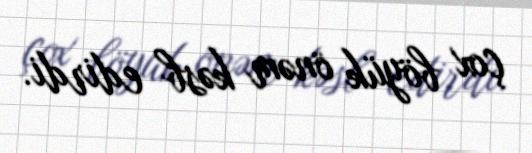
çox böyük önəm kəsb edirdi.